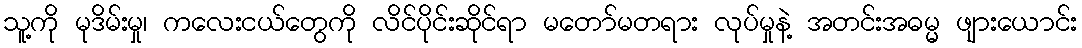
သူ့ကို မုဒိမ်းမှု၊ ကလေးငယ်တွေကို လိင်ပိုင်းဆိုင်ရာ မတော်မတရား လုပ်မှုနဲ့ အတင်းအဓမ္မ ဖျားယောင်း